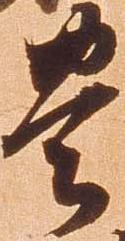
豊